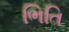
ભિતિ